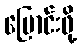
ပြောင်းဖို့